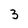
Character: 3